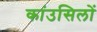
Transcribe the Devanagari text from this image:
कांउसिलों